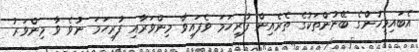
އެބައިމީހުންގެ ބޭނުންތަކުގެ ތެރެއިން ފުރިހަމަ ވެފައިވާ މިންވަރާއި ފުރިހަމަ ނުވެ ވާ މިންވަރު